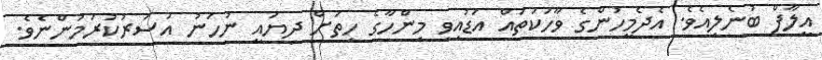
އީލާފް ބުނެލިއެވެ. އެދެމީހުންގެ ވާހަކަތައް އަޑުއިވި މިންހާގެ ހިތަށް ދިޔައީ ނުހަނު އަސަރުކުރަމުންނެވެ.